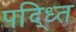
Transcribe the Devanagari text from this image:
पद्ध्‍ति